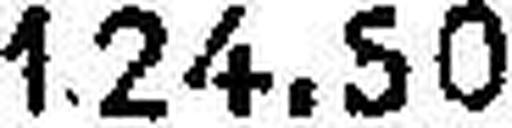
124.50